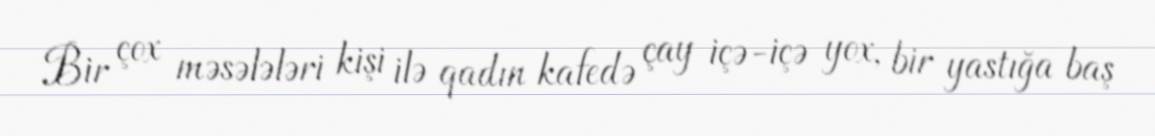
Bir çox məsələləri kişi ilə qadın kafedə çay içə-içə yox, bir yastığa baş